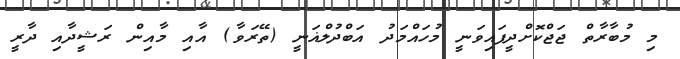
މި މުބާރާތް ޖަޖްކޮށްދީފައިވަނީ މުހައްމަދު އަބްދުލްޣަނީ (ތޭރަވާ) އާއި މާއިން ރަޝީދާއި ދާރީ